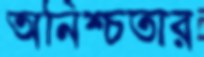
অনিশ্চতার